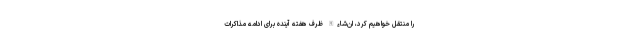
را منتقل خواهیم کرد، ان‌شاءالله ظرف هفته آینده برای ادامه مذاکرات